Riigikantselei, lk 162
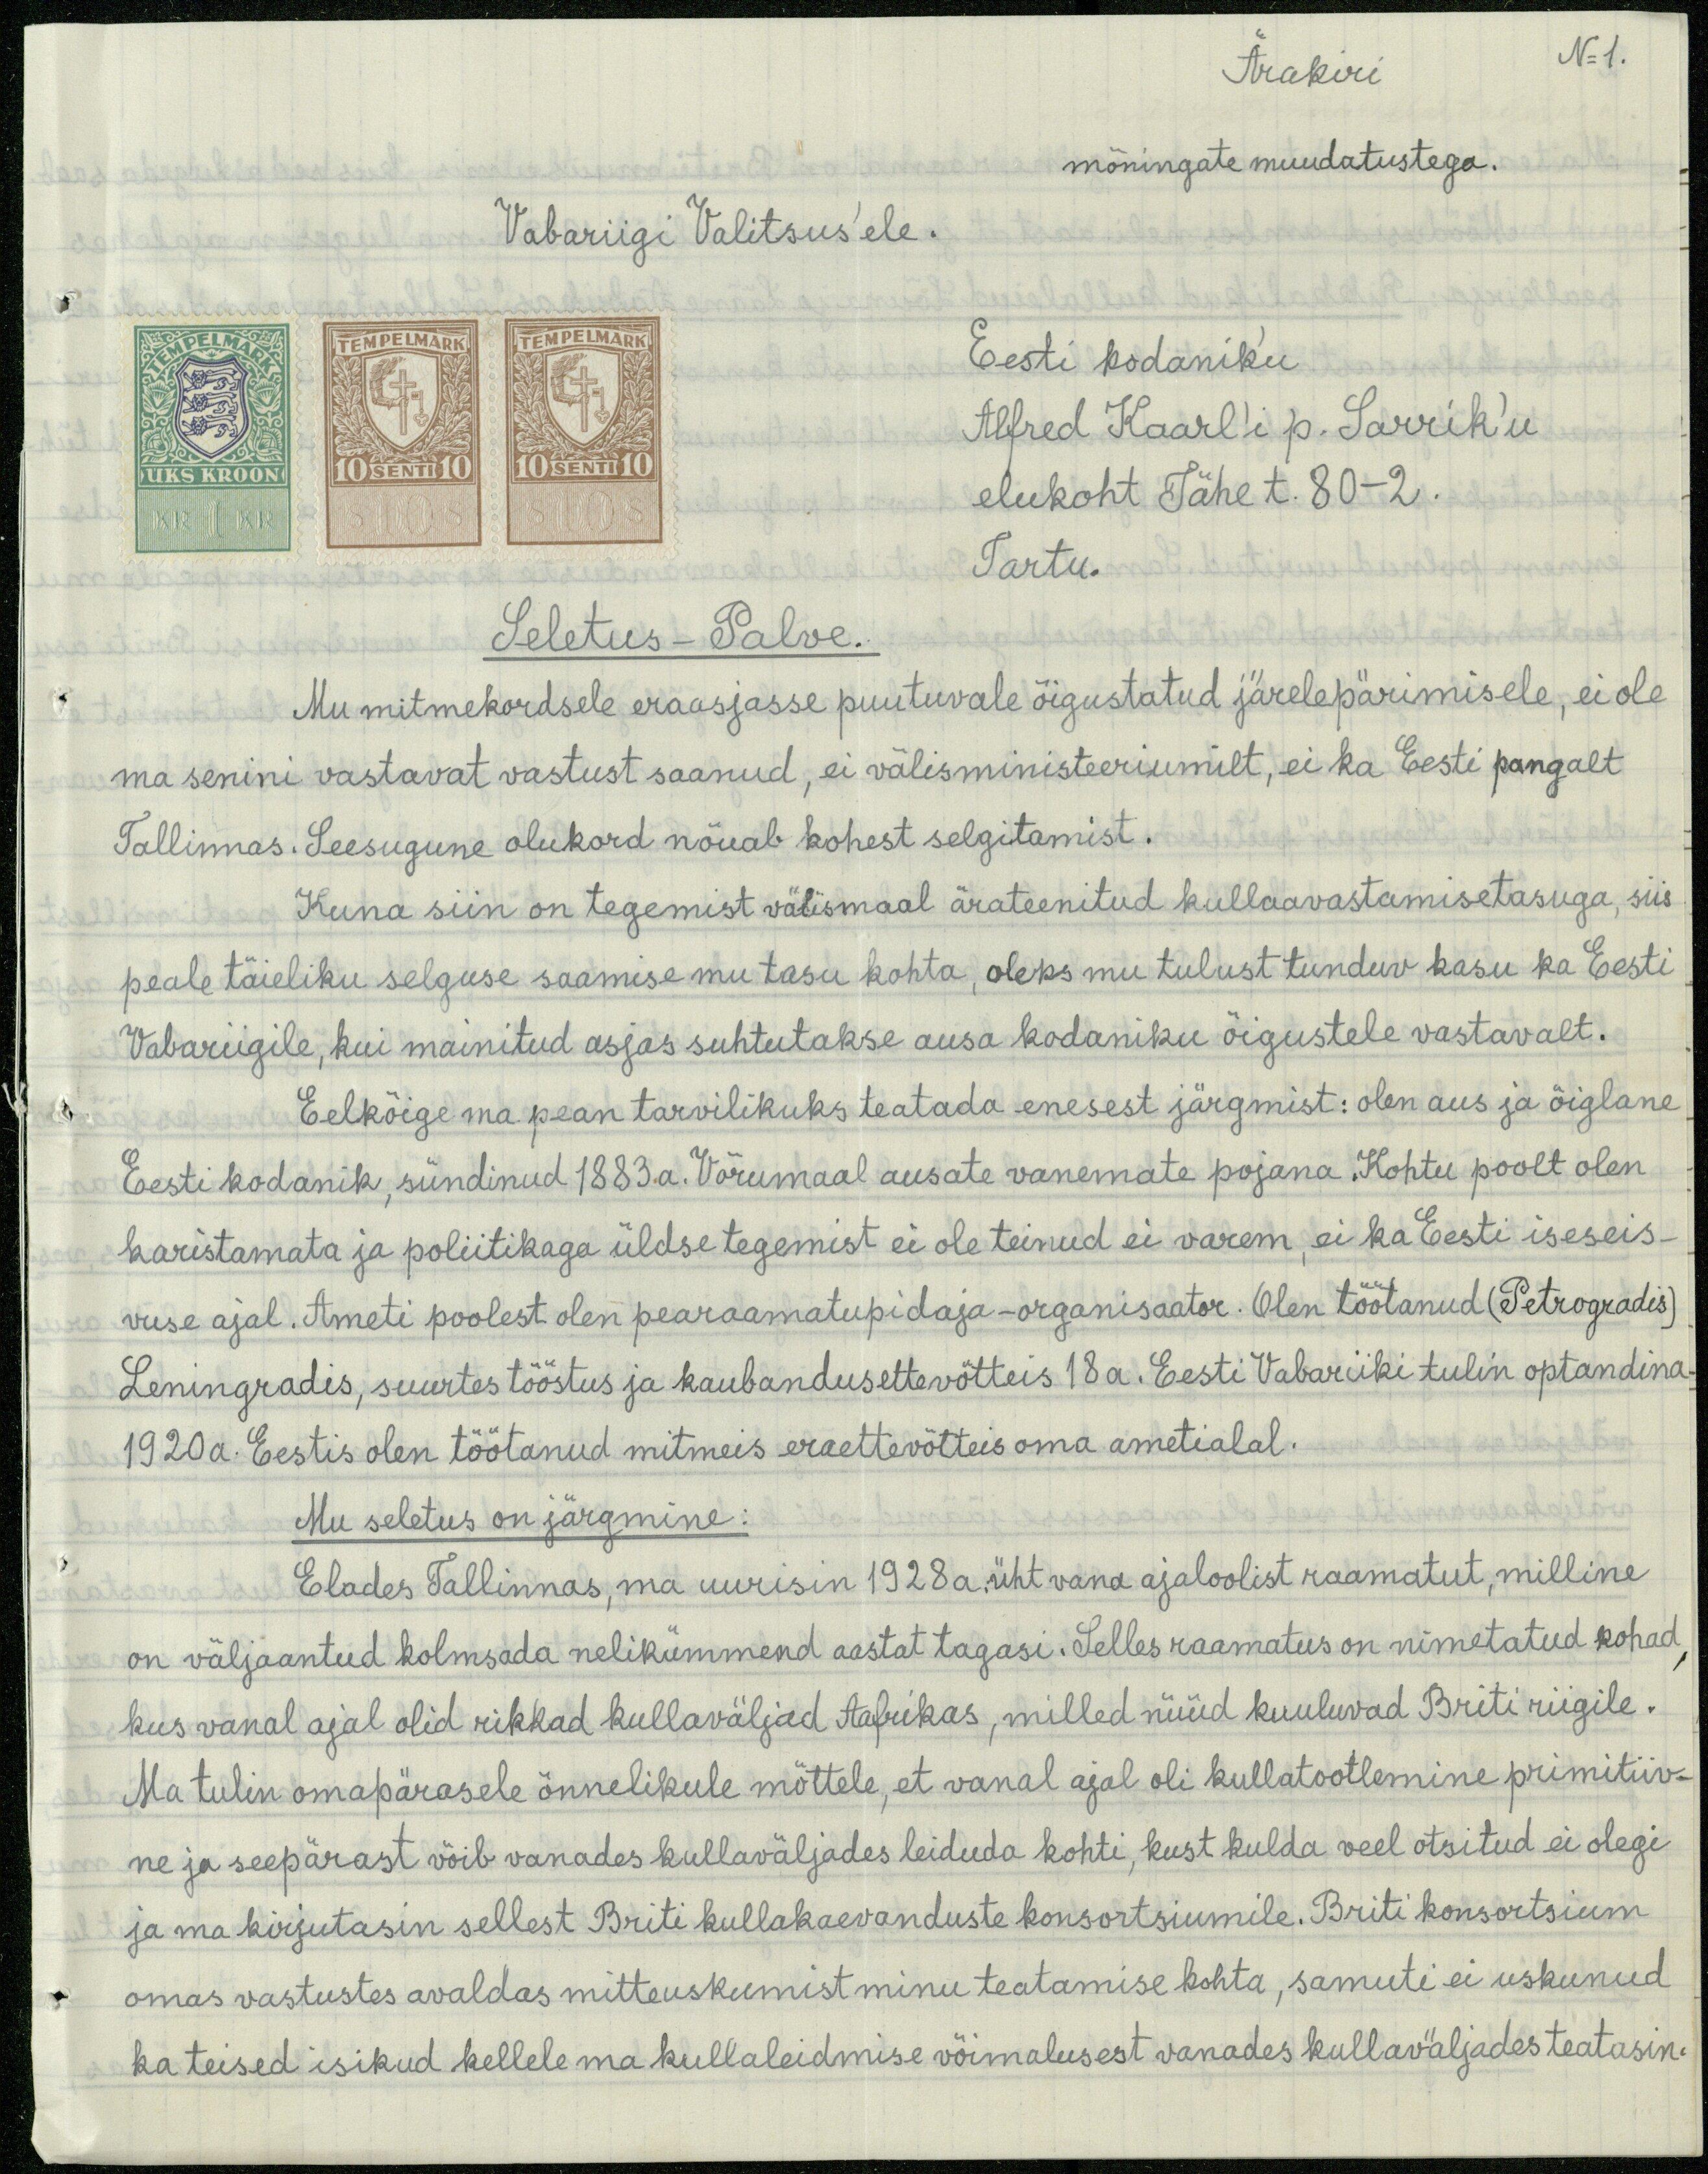
N 1.

Ärakiri
mõningate muudatustega.
Vabariigi Valitsus'ele.
Eesti kodaniku
Alfred Kaarl'i p. Sarrik'u.
elukoht Tähe t. 80 -2.
Tartu.
Seletus - Palve.
Mu mitmekordsele eraasjasse puutuvale õigustatud järelepärimisele, ei ole
ma senini vastavat vastust saanud, ei välisministeeriumilt ei ka Eesti pangalt
Tallinnas. Seesugune olukord nõuab kohest selgitamist.
Kuna siin on tegemist välismaal ärateenitud kullaavastamisetasuga, siis
peale täieliku selguse saamise mu tasu kohta, oleks mu tulust tunduv kasu ka Eesti
Vabariigile, kui mainitud asjas suhtutakse ausa kodaniku õigustele vastavalt.
Eelkõige ma pean tarvilikuks teatada enesest järgmist: olen aus ja õiglane.
Eesti kodanik, sündinud 1883.a. Võrumaal ausate vanemate pojana. Kohtu poolt olen
karistamata ja poliitikaga üldse tegemist ei ole teinud ei varem, ei ka Eesti iseseis-
vuse ajal. Ameti poolest olen pearaamatupidaja - organisaator. Olen töötanud (Petrogradis)
Leningradis, suurtes tööstus ja kaubandusettevõtteis 18 a. Eesti Vabariiki tulin optandina
1920a. Eestis olen töötanud mitmeis eraettevõtteis oma ametialal.
Mu seletus on järgmine:
Elades Tallinnas, ma uurisin 1928a. üht vana ajaloolist raamatut, milline
on väljaantud kolmsada nelikümmend aastat tagasi. Selles raamatus on nimetatud kohad
kus vanal ajal olid rikkad kullaväljad Aafrikas, milled nüüd kuuluvad Briti riigile.
Ma tulin omapärasele õnnelikule mõttele, et vanal ajal oli kullatootlemine primitiiv-
ne ja seepärast võib vanades kullaväljades leiduda kohti, kust kulda veel otsitud ei olegi
ja ma kirjutasin sellest Briti kullakaevanduste konsortsiumile. Briti konsortsium
omas vastustes avaldas mitteuskumist minu teatamise kohta, samuti ei uskunud
ka teised isikud kellele ma kullaleidmise võimalusest vanades kullaväljades teatasin.